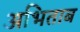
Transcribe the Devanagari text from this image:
अभिताब